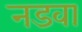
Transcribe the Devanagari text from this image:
नडवा